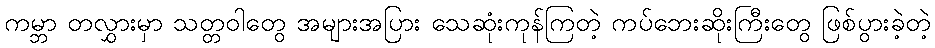
ကမ္ဘာ တလွှားမှာ သတ္တဝါတွေ အများအပြား သေဆုံးကုန်ကြတဲ့ ကပ်ဘေးဆိုးကြီးတွေ ဖြစ်ပွားခဲ့တဲ့